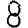
Digit: 8